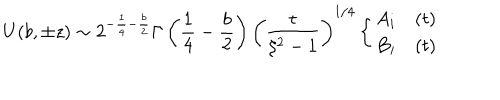
LaTeX: U ( b , \pm z ) \sim 2 ^ { - \frac { 1 } { 4 } - \frac { b } { 2 } } \Gamma \left( \frac { 1 } { 4 } - \frac { b } { 2 } \right) \left( \frac { t } { \xi ^ { 2 } - 1 } \right) ^ { 1 / 4 } \left\{ \begin{array} { l l } { { A _ { i } } } & { { ( t ) } } \\ { { B _ { i } } } & { { ( t ) } } \\ \end{array} \right.